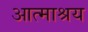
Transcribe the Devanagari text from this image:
आत्माश्रय